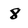
Character: 8